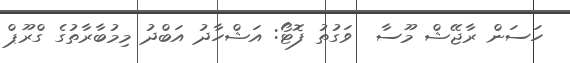
ހަސަން ރާޖޭޝް މޫސާ  ވަގުތު ފޮޓޯ: އަޝްހާދު އަބްދު މިމުބާރާތުގެ ގްރޫޕް